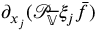
\partial _ { x _ { j } } ( \mathcal { P } _ { \overline { { \mathbb { V } } } } \xi _ { j } \bar { f } )